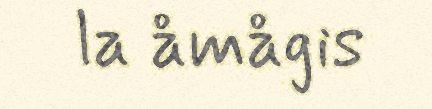
la åmågis